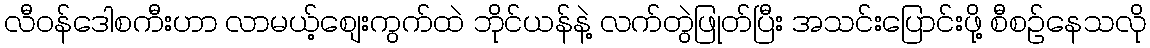
လီဝန်ဒေါစကီးဟာ လာမယ့်စျေးကွက်ထဲ ဘိုင်ယန်နဲ့ လက်တွဲဖြုတ်ပြီး အသင်းပြောင်းဖို့ စီစဉ်နေသလို